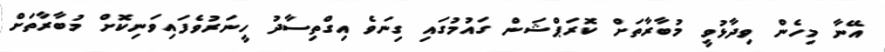
އޭނާ މިހެން ވިދާޅުވީ މުބާރާތަށް ކޮރަޕްޝަން ގައުމުގައި ގިނަވެ އިގްތިސާދު ހީނަރުވެފައިވަނިކޮށް މުބާރާތަށް